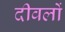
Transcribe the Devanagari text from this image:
दीवलों